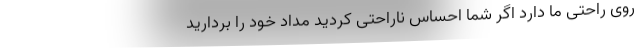
روی راحتی ما دارد اگر شما احساس ناراحتی کردید مداد خود را بردارید